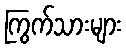
ကြွက်သားများ